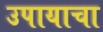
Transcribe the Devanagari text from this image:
उपायाचा